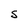
Character: S